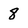
Character: 8